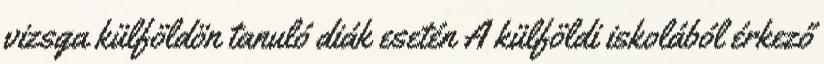
vizsga külföldön tanuló diák esetén A külföldi iskolából érkező